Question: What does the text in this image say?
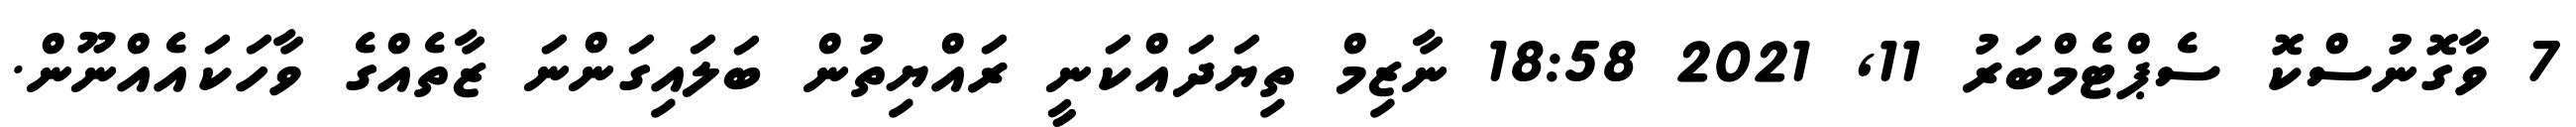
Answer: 7 ވާގޮނުސްކޮ ސެޕްޓެމްބަރު 11, 2021 18:58 ނާޒިމް ތިޔަދައްކަނީ ރައްޔިތުން ބަލައިގަންނަ ޒާތެއްގެ ވާހަކައެއްނޫން.